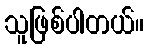
သူဖြစ်ပါတယ်။